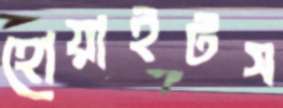
হোয়াইটস